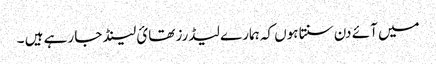
میں آئے دن سنتا ہوں کہ ہمارے لیڈرز تھائ لینڈ جا رہے ہیں ۔